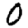
Digit: 0